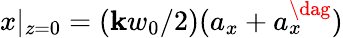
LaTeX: x|_{z=0}=(\mathbf{k}w_{0}/2)(a_{x}+a_{x}^{\dag})